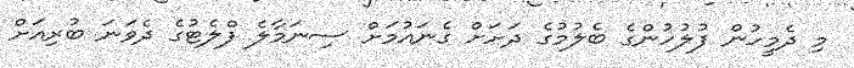
މި ދެމީހުން ފުލުހުންގެ ބެލުމުގެ ދަށަށް ގެނައުމަށް ސިނަމާލެ ފްލެޓުގެ ދެވަނަ ބުރިއަށް